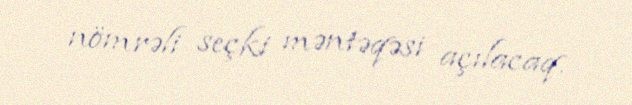
nömrəli seçki məntəqəsi açılacaq.